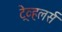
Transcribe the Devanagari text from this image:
ट्रेव्हलर्स